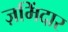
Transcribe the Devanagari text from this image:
ज़मिंदार